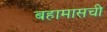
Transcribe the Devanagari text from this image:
बहामासची